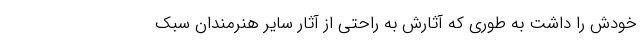
خودش را داشت به طوری که آثارش به راحتی از آثار سایر هنرمندان سبک